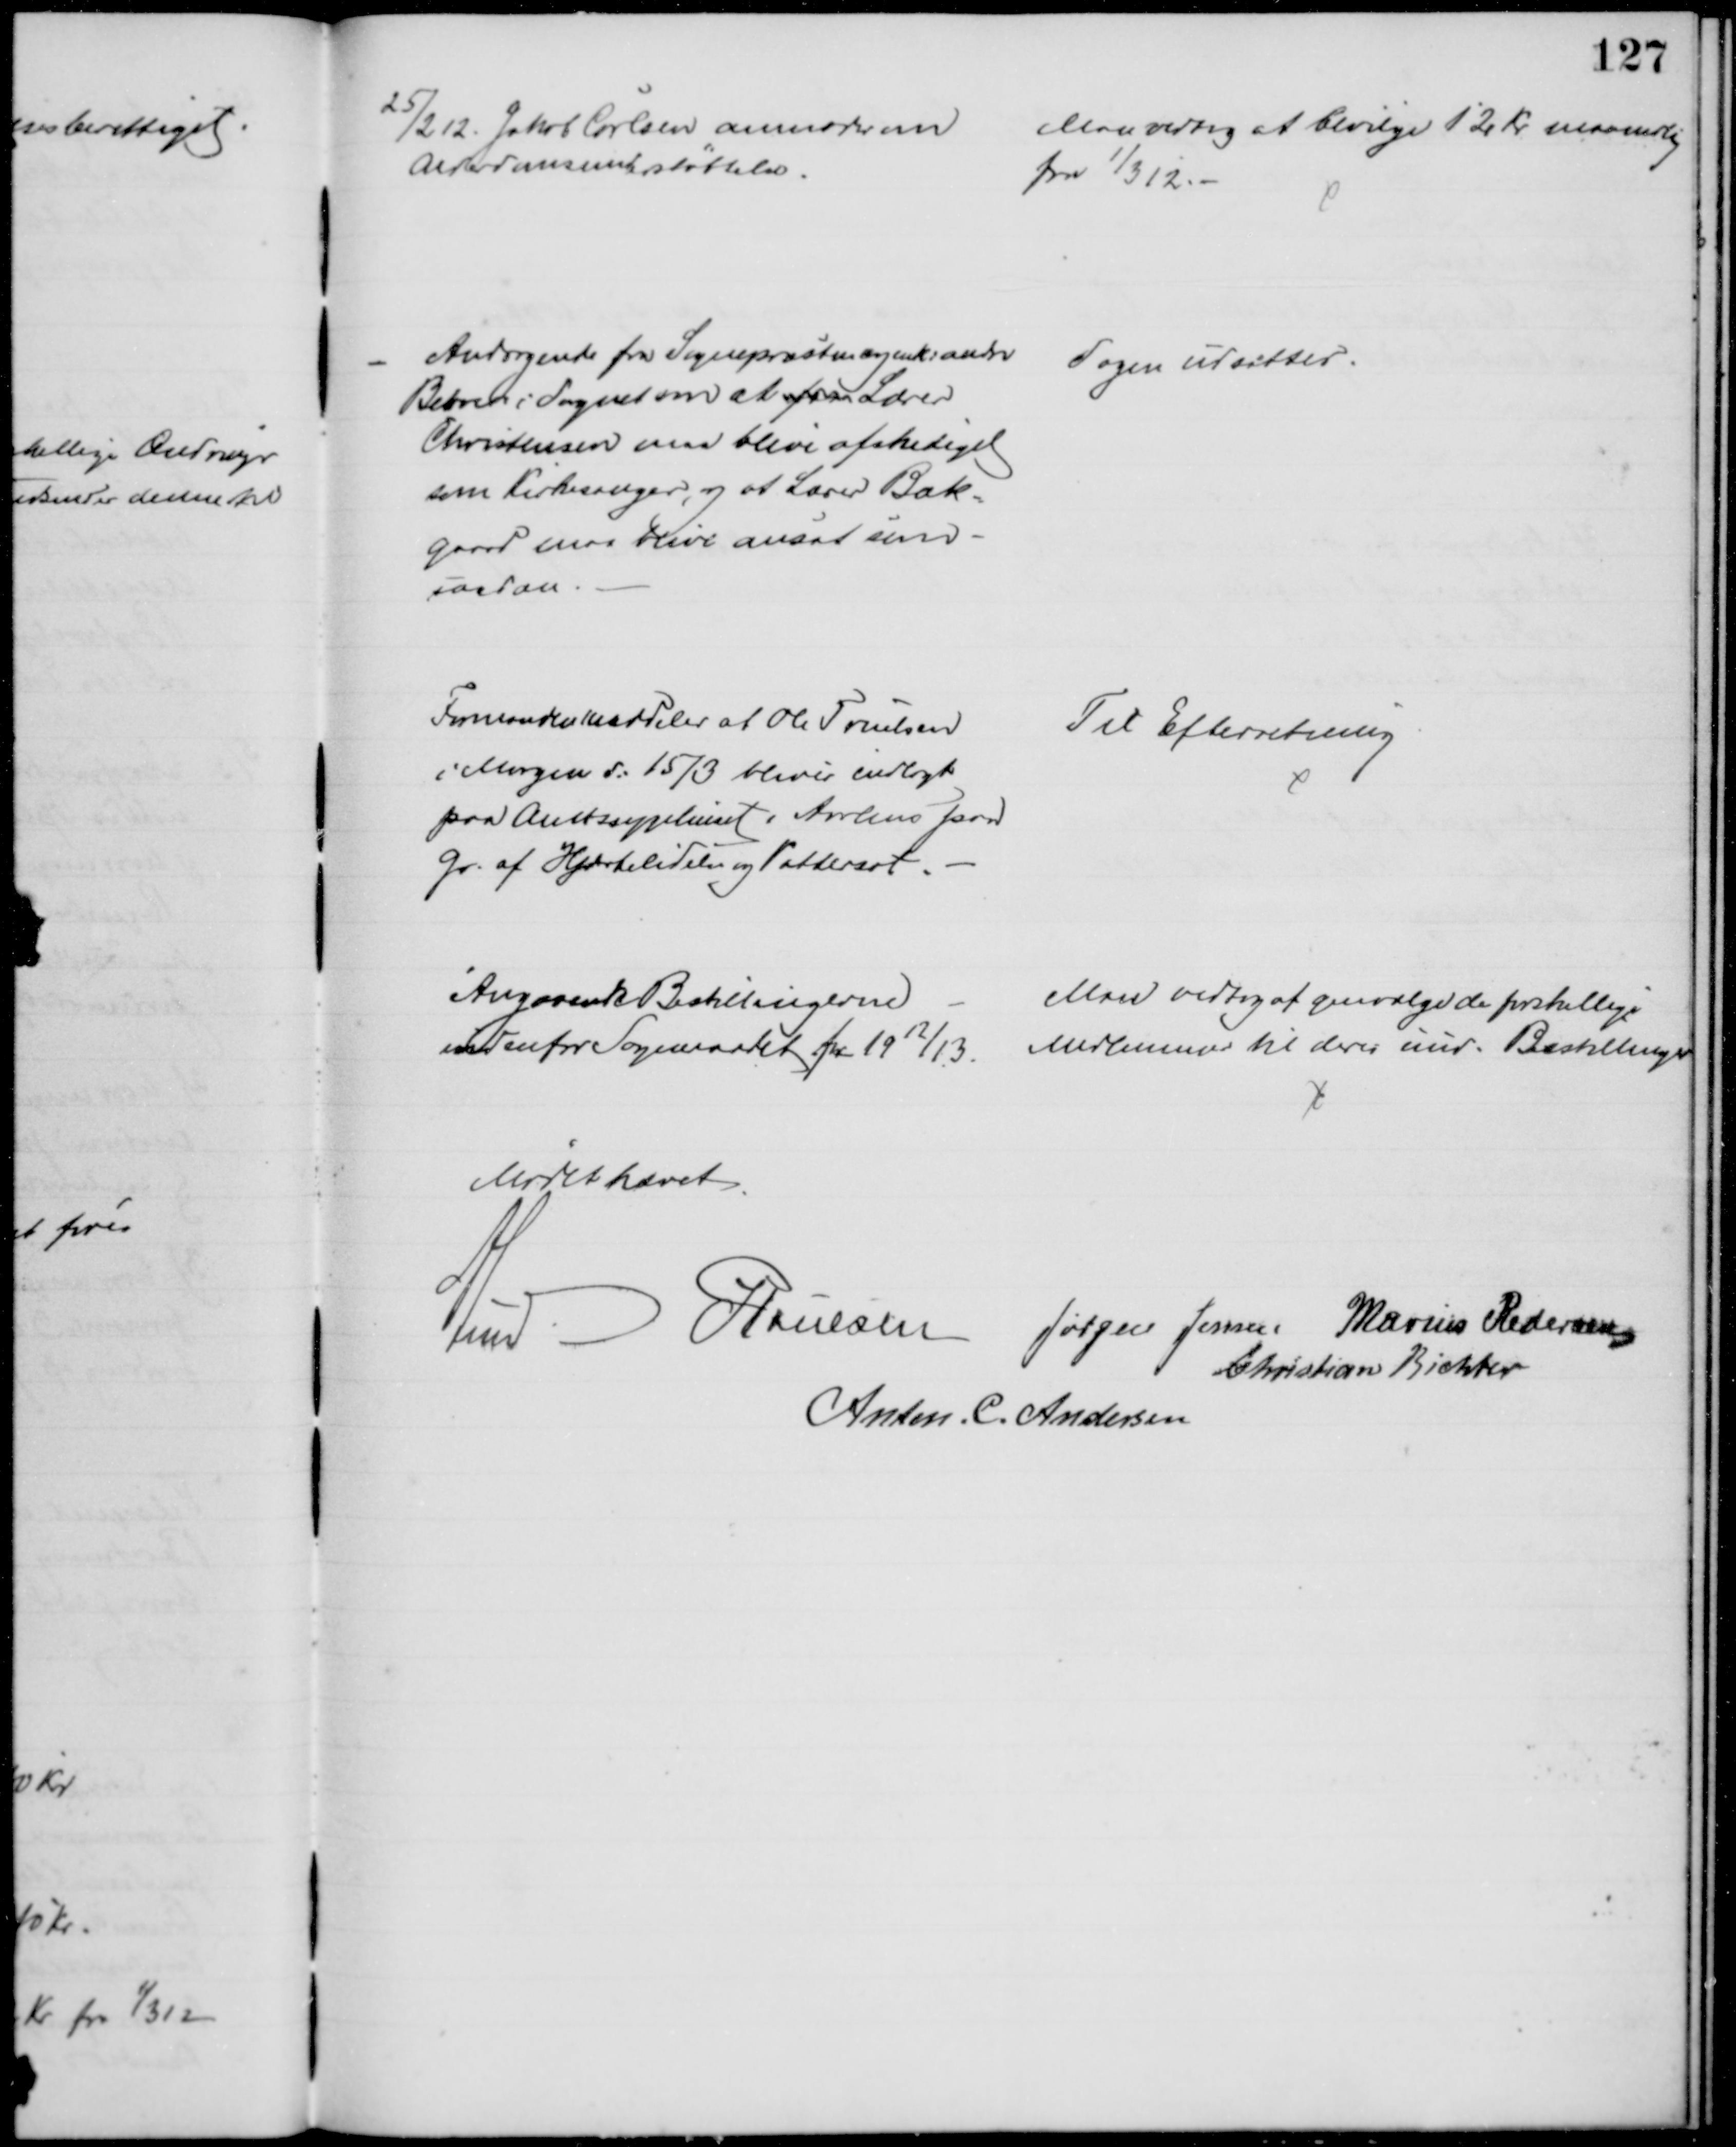
Transskription:
25/2 12. Jakob Carlsen anmoder om
Alderdomsunderstøttelse.
Man vedtog at bevilge 12 Kr maanedlig
fra 1/3 12.
Andragende fra Sognepræsten og enk: andre
Beboere i Sognet om at faa Lærer
Christensen maa blive afskediget
som Kirkesanger, og at Lærer Bæk-
gaard maa blive ansat som
saadan
Sagen udsattes.
Formanden meddeler af Ole Truelsen
i Morgen d: 15/3 bliver indlagt
paa Amtssygehuset i Aarhus paa
Gr. af Hjertelidelse og Vattersot.
Til Efterretning
Angaaende Bestillingerne 
indenfor Sogneraadet for 1912/13. 
Man vedtog at genvælge de forskellige
Medlemmer til deres nuv. Bestillinger
Mødet hævet
A Lund. 
J Poulsen 
Jørgen Jensen Marius Pedersen
Christian Richter
Anton. C. Andersen